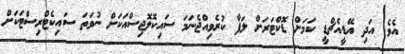
އެވެ. އަދި އޭޑީއެޗްޑީ ކަމަށް ޑޮކްޓަރަށް ލަފާ ކުރެވިއްޖެނަމަ ސައިކޮލޮޖިސްއަކަށް ނުވަތަ ސައިކެޓްރިސްޓަކަށް